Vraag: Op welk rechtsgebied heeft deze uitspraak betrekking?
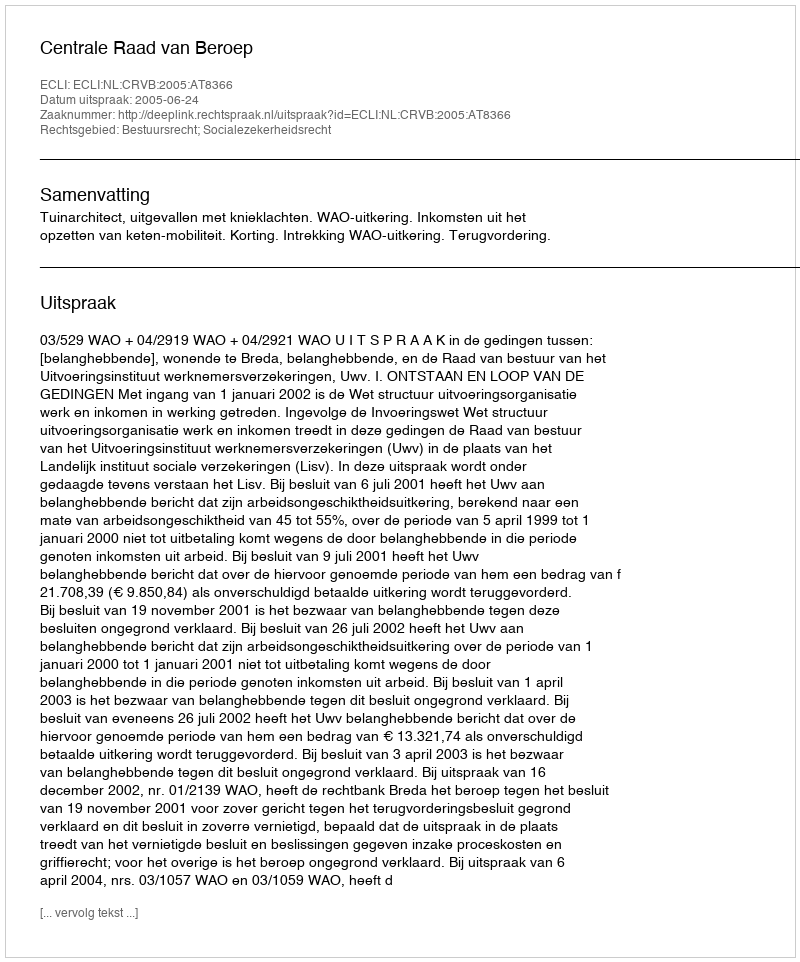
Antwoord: Bestuursrecht; Socialezekerheidsrecht